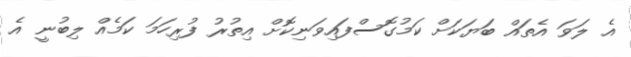
އެ ލަވަ އެތައް ބަޔަކަށް ކަމުގޮސްފައިވަނިކޮށް އިތުރު ފުރިހަމަ ކަމެއް ލިބުނީ އެ